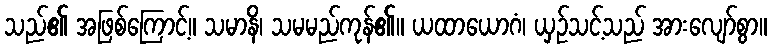
သည်၏ အဖြစ်ကြောင့်။ သမာနိ၊ သမမည်ကုန်၏။ ယထာယောဂံ၊ ယှဉ်သင့်သည် အားလျော်စွာ။